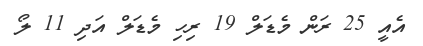
އެއީ 25 ރަން މެޑަލް 19 ރިހި މެޑަލް އަދި 11 ލޯ